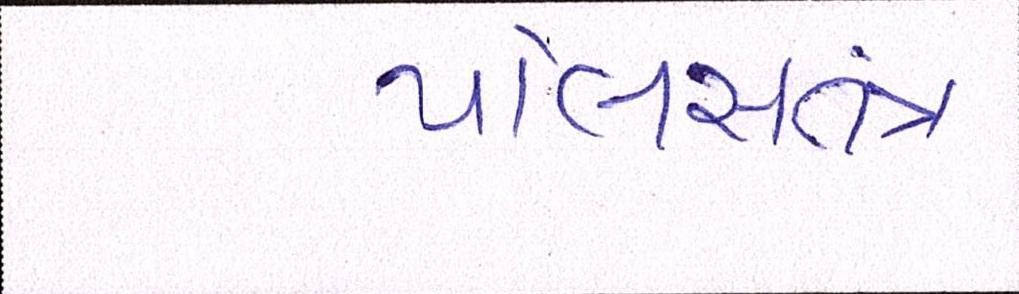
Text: પોલીસતત્રં